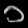
Digit: ၁